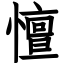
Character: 憻